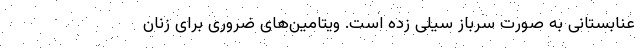
عنابستانی به صورت سرباز سیلی زده است. ویتامین‌های ضروری برای زنان